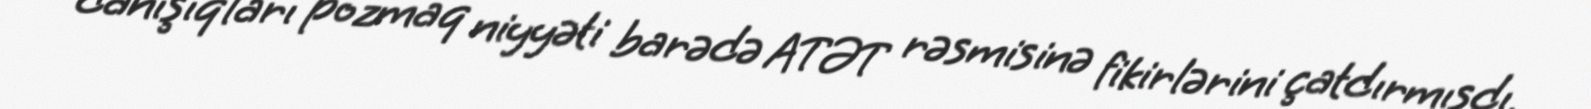
danışıqları pozmaq niyyəti barədə ATƏT rəsmisinə fikirlərini çatdırmışdı.